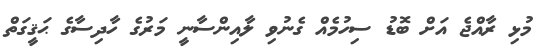
މުޅި ރާއްޖެ އަށް ބޮޑު ސިހުމެއް ގެނުވި ލާއިންސާނީ މަރުގެ ހާދިސާގެ ޙަޤީގަތް